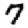
Digit: 7